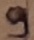
Text: 9